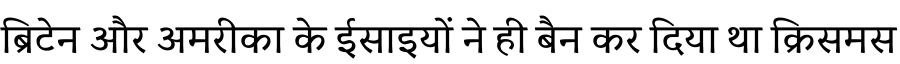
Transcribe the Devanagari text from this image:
ब्रिटेन और अमरीका के ईसाइयों ने ही बैन कर दिया था क्रिसमस